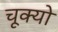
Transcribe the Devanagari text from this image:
चूक्यो